Lunatic asylums Madras 1892-1911 - 1892-1911
Year: 1892
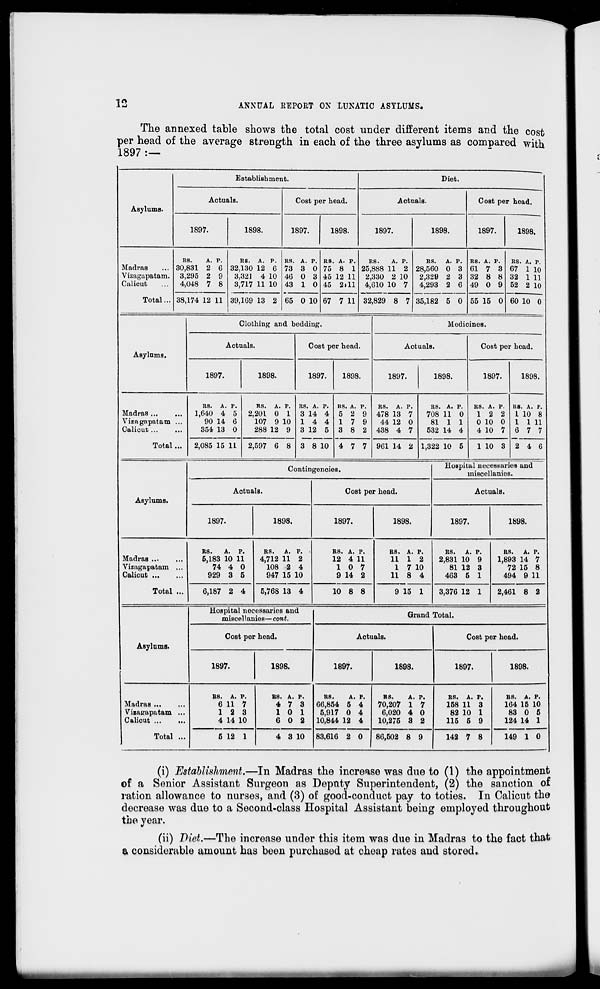
12
ANNUAL REPORT ON LUNATIC ASYLUMS.
The annexed table shows the total cost under different items and the cost
per head of the average strength in each of the three asylums as compared with
1897:—
Asylums.
Establishment.
Actuals.
1897.
1898.
Cost per head.
1897.
1898.
Diet.
Actuals.
1897.
1898.
Cost per head.
1897.
1898.
Madras
Vizagapatam.
Calicut
Total...
RS.
A. p.
30,831 2 6
3,295 2 9
4,048 7 8
38,174 12 11
RS. A. P.
32,130 12 6
3,321 4 10
3,717 11 10
RS. A. P.
73 3 0
46 0 3
43 1 0
RS. A. P.
75 8 1
45 12 11
45 2ill
39,169 13 2 65 0 10 67 7 11
RS.
A. P.
25,888 11 2
2,330 2 10
4,610 10 7
32,829 8 7
RS.
A. p. RS. A. p.
28,560 0 3 61 7 8
2,329 2 3 32 8 8
4,293 2 6 49 0 9
35,182 5 0 55 15 0
RS. A. P.
67 1 10
32 1 11
52 2 10
60 10 0
Asylums.
Clothing and bedding.
Actuals.
1897.
1898.
Cost per head.
1897.
1898.
Medicines.
Actuals.
1897.
1898.
Cost per head.
1897.
Madras ...
Vizagapatam ...
Calicut ...
Total ...
RS. A.
1,640 4
90 14
354 13
p.
5
6
0
2,085 15 11
RS. A. P.
2,201 0 1
107 9 10
288 12 9
2,597 6 8
RS. A. P.
3 14 4
14 4
3 12 5
3 8 10
KS. A. P.
5 2 9
17 9
3 8 2
4 7 7
RS. A.
478 13
44 12
438 4
p.
7
0
7
961 14 2
RS. A. P.
708 11 0
81 1 1
532 14 4
1,322 10 5
RS. A. P.
12 2
0 10 0
4 10 7
1 10 3
1898.
RS. A. P.
1 10 8
1 1 11
6 7 7
2 4 6
Asylums.
Contingencies.
Actuals.
1897.
1898.
Cost per head.
1897.
1898.
Hospital necessaries and
miscellanies.
Actuals.
1897.
1898.
Madras ...
Vizagapatam
Calicut ...
Total
RS.
A. p.
6,183 10 11
74 4 0
929 3 5
6,187 2 4
RS.
A. P.
4,712 11 2
108 2 4
947 15 10
5,768 13 4
RS. A. P.
12 4 11
10 7
9 14 2
10 8 8
BS. A. P.
11 1 2
1 7 10
11 8 4
9 15 1
RS.
A. P.
2,831 10 9
81 12 3
463 5 1
3,376 12 1
RS.
A. P.
1,893 14 7
72 15 8
494 9 11
2,461 8 2
Asylums.
Madras
Vizagapatam ..
Calicut
Total ..
Hospital necessaries and
miscellanies—cont.
Cost per head.
1897.
1898.
Grand Total.
Actuals.
1897.
1898.
Cost per head.
1897.
1898.
B8. A. P.
6 11 7
12 3
4 14 10
5 12 1
RS. A. P.
4 7 3
10 1
6 0 2
4 3 10
RS.
A. P.
66,854 5 4
5,917 0 4
10,844 12 4
83,616 2 0
R8.
A. P.
70,207 1 7
6,020 4 0
10,275 3 2
80,502 8 9
RS. A. P.
158 11 3
82 10 1
115 5 9
142 7 8
RS. A. P.
164 15 10
83 0 5
124 14 1
149 1 0
(i) Establishment.—In Madras the increase was due to (1) the appointment
of a Senior Assistant Surgeon as Deputy Superintendent, (2) the sanction of
ration allowance to nurses, and (3) of good-conduct pay to toties. In Calicut the
decrease was due to a Second-class Hospital Assistant being employed throughout
the year.
(ii) Diet.—The increase under this item was due in Madras to the fact that
& considerable amount has been purchased at choap rates and stored.